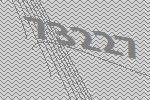
73227